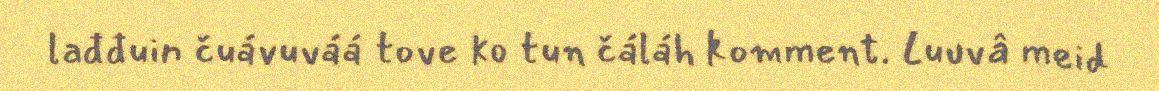
lađđuin čuávuváá tove ko tun čáláh komment. Luuvâ meid